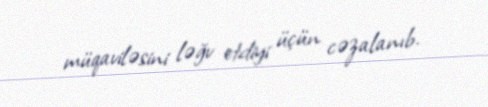
müqaviləsini ləğv etdiyi üçün cəzalanıb.